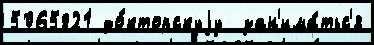
5065821 до́кторскуjу  зан'има́тьс'я